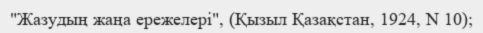
"Жазудың жаңа ережелері", (Қызыл Қазақстан, 1924, N 10);